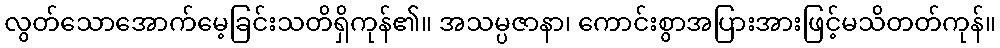
လွတ်သောအောက်မေ့ခြင်းသတိရှိကုန်၏။ အသမ္ပဇာနာ၊ ကောင်းစွာအပြားအားဖြင့်မသိတတ်ကုန်။